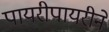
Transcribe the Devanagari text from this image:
पायरीपायरीने